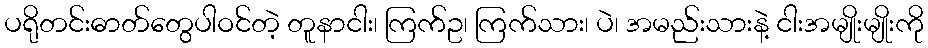
ပရိုတင်းဓာတ်တွေပါဝင်တဲ့ တူနာငါး၊ ကြက်ဥ၊ ကြက်သား၊ ပဲ၊ အမည်းသားနဲ့ ငါးအမျိုးမျိုးကို